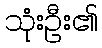
သုံးဦး၏